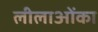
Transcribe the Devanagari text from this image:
लीलाओंका